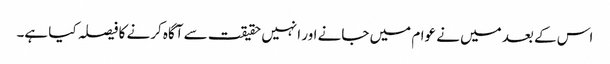
اس کے بعد میں نے عوام میں جانے اور انہیں حقیقت سے آگاہ کرنے کا فیصلہ کیا ہے۔